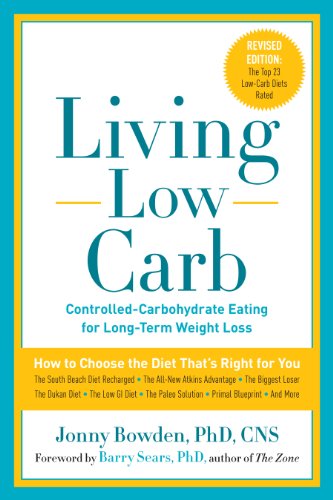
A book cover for Living Low Carb: Controlled-Carbohydrate Eating for Long-Term Weight Loss; Jonny Bowden PhD  CNS; Health, Fitness & Dieting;